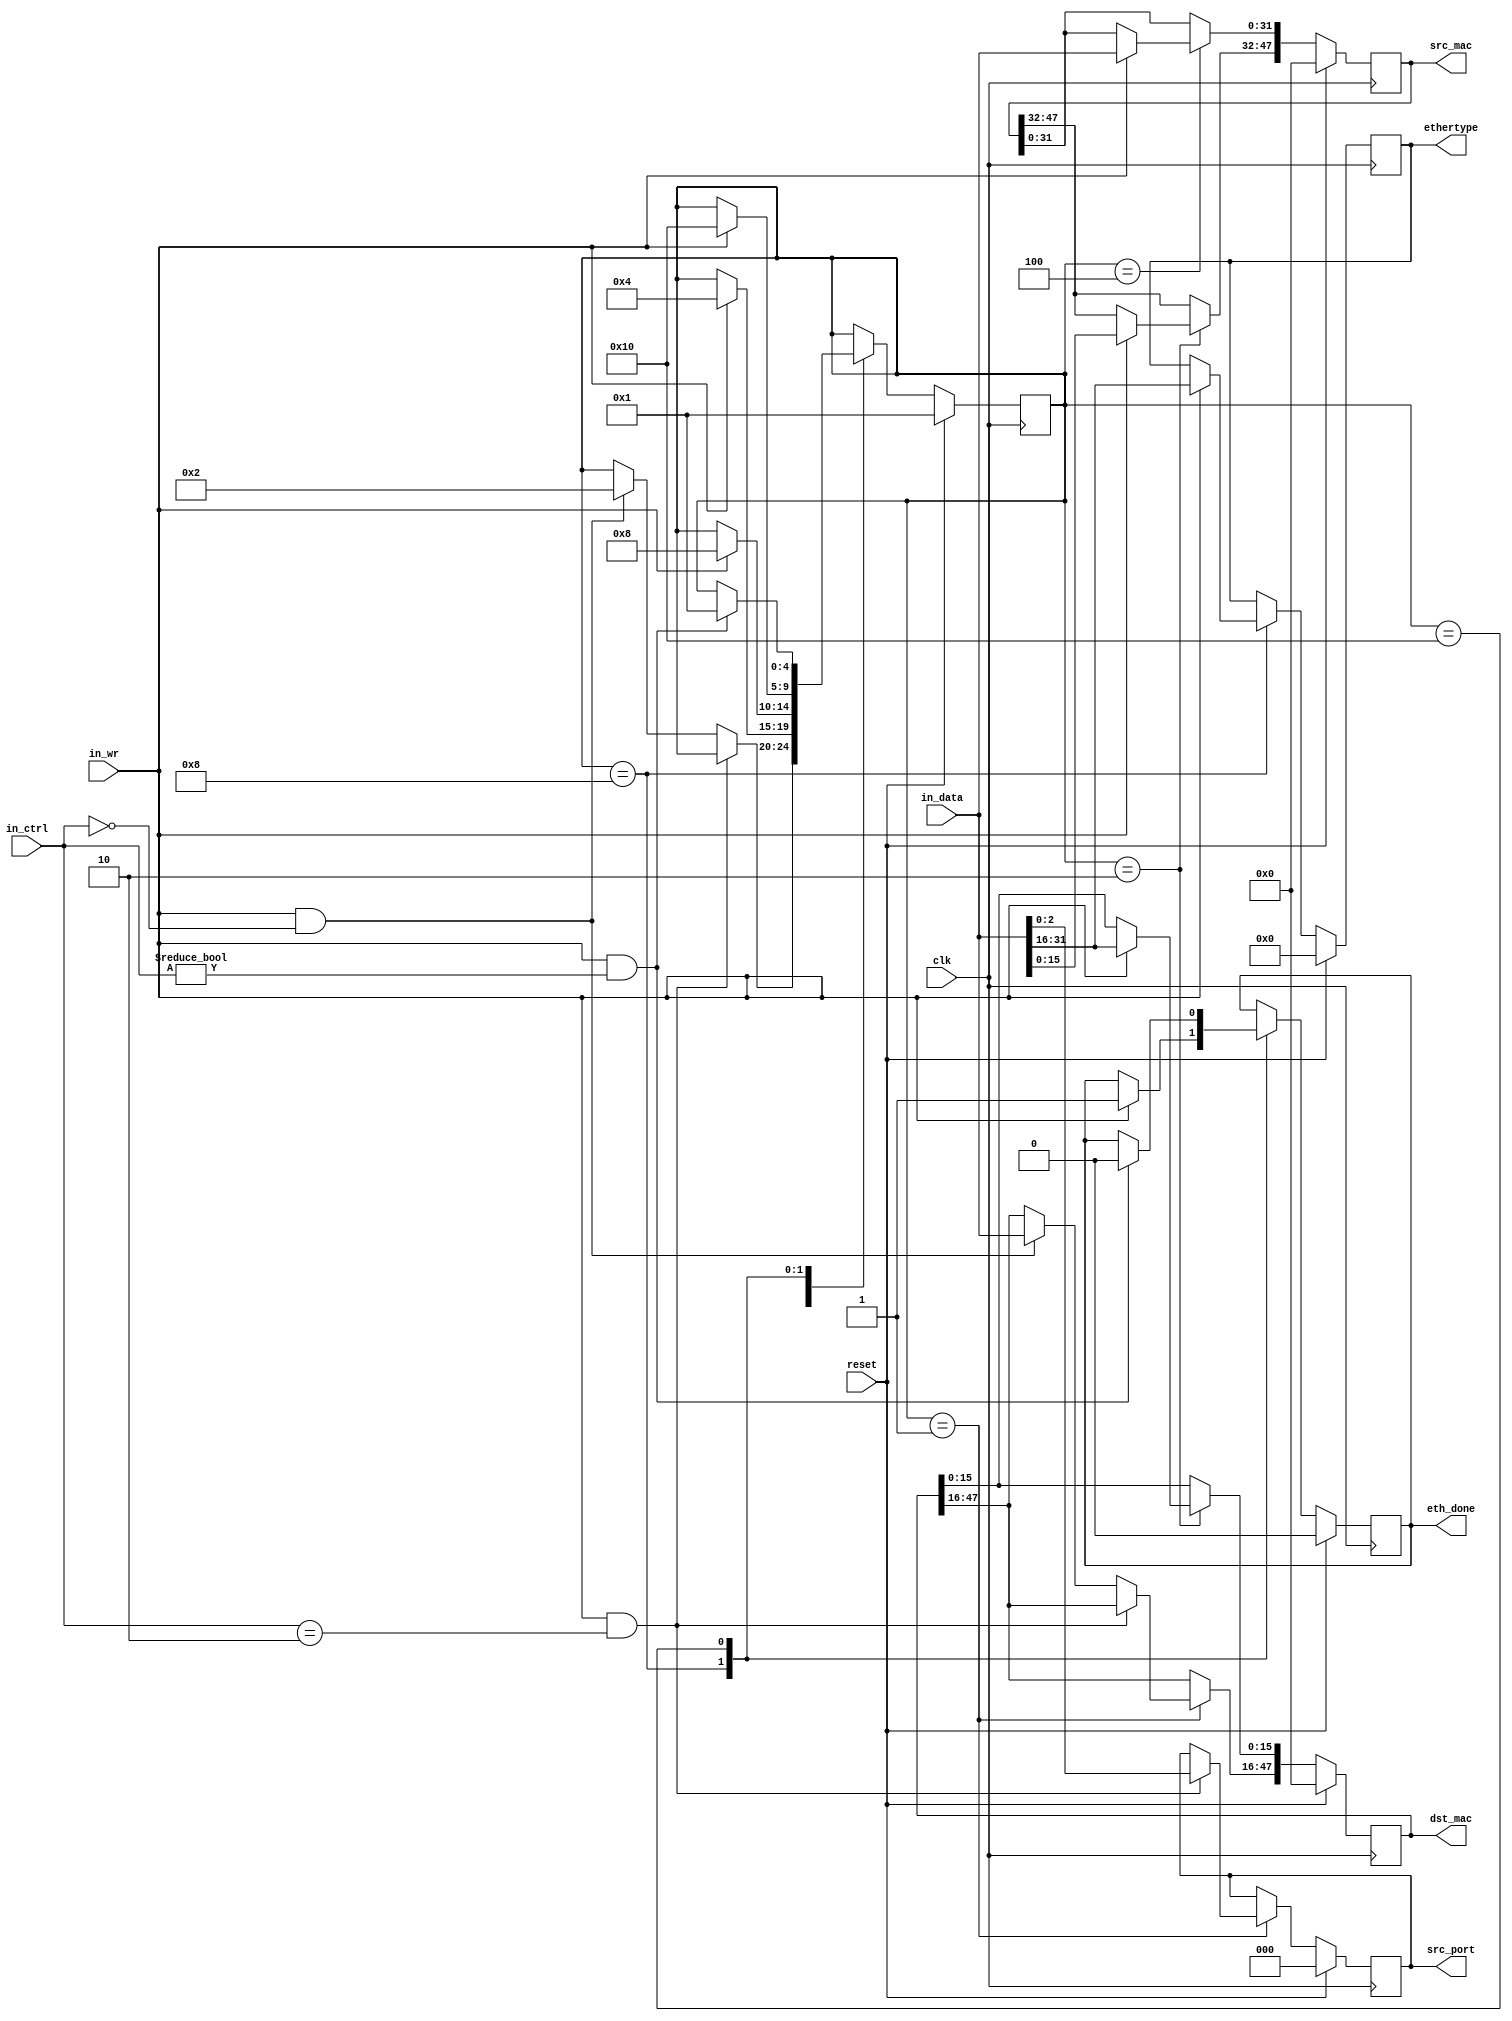
///////////////////////////////////////////////////////////////////////////////
// $Id: ethernet_parser_32bit.v 1976 2007-07-20 00:59:57Z grg $
//
// Module: ethernet_parser_32bit.v
// Project: NF2.1
// Description: parses the Ethernet header for a 32 bit datapath
//
///////////////////////////////////////////////////////////////////////////////
`timescale 1ns/1ps
  module ethernet_parser_32bit
    #(parameter DATA_WIDTH = 32,
      parameter CTRL_WIDTH=DATA_WIDTH/8,
      parameter NUM_IQ_BITS = 3,
      parameter INPUT_ARBITER_STAGE_NUM = 2
      )
   (// --- Interface to the previous stage
    input  [DATA_WIDTH-1:0]            in_data,
    input  [CTRL_WIDTH-1:0]            in_ctrl,
    input                              in_wr,

    // --- Interface to output_port_lookup
    output reg [47:0]                  dst_mac,
    output reg [47:0]                  src_mac,
    output reg [15:0]                  ethertype,
    output reg                         eth_done,
    output reg [NUM_IQ_BITS-1:0]       src_port,

    // --- Misc

    input                              reset,
    input                              clk
   );


   // ------------ Internal Params --------

   parameter NUM_STATES = 5;
   parameter READ_WORD_1 = 1;
   parameter READ_WORD_2 = 2;
   parameter READ_WORD_3 = 4;
   parameter READ_WORD_4 = 8;
   parameter WAIT_EOP = 16;

   // ------------- Regs/ wires -----------

   reg [NUM_STATES-1:0]                state;
   reg [NUM_STATES-1:0]                state_next;

   reg [47:0]                          dst_mac_next;
   reg [47:0]                          src_mac_next;
   reg [15:0]                          ethertype_next;
   reg                                 eth_done_next;
   reg [NUM_IQ_BITS-1:0]               src_port_next;

   // ------------ Logic ----------------

   always @(*) begin
      dst_mac_next = dst_mac;
      src_mac_next = src_mac;
      ethertype_next = ethertype;
      eth_done_next = eth_done;
      src_port_next = src_port;
      state_next = state;
      case(state)
        /* read the input source header and get the first word */
        READ_WORD_1: begin
           if(in_wr && in_ctrl==2) begin
              src_port_next = in_data[NUM_IQ_BITS-1:0];
           end
           else if(in_wr && in_ctrl==0) begin
              dst_mac_next[47:16] = in_data;
              state_next = READ_WORD_2;
           end
        end // case: READ_WORD_1

        READ_WORD_2: begin
           if(in_wr) begin
              dst_mac_next[15:0] = in_data[31:16];
              src_mac_next [47:32] = in_data[15:0];
              state_next = READ_WORD_3;
           end
        end

        READ_WORD_3: begin
           if(in_wr) begin
              src_mac_next [31:0] = in_data[31:0];
              state_next = READ_WORD_4;
           end
        end

        READ_WORD_4: begin
	   if(in_wr) begin
              ethertype_next = in_data[31:16];
              eth_done_next = 1;
              state_next = WAIT_EOP;
	   end
        end

        WAIT_EOP: begin
           if(in_wr && in_ctrl!=0) begin
              eth_done_next = 0;
              state_next = READ_WORD_1;
           end
        end
      endcase // case(state)
   end // always @ (*)

   always @(posedge clk) begin
      if(reset) begin
         src_mac <= 0;
         dst_mac <= 0;
         ethertype <= 0;
         eth_done <= 0;
         src_port <= 0;
	 state <= READ_WORD_1;
      end
      else begin
         src_mac <= src_mac_next;
         dst_mac <= dst_mac_next;
         ethertype <= ethertype_next;
         eth_done <= eth_done_next;
         state <= state_next;
         src_port <= src_port_next;
      end // else: !if(reset)
   end // always @ (posedge clk)

endmodule // ethernet_parser_64bit